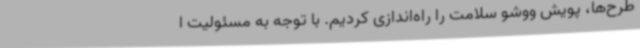
طرح‌ها، پویش ووشو سلامت را راه‌اندازی کردیم. با توجه به مسئولیت ا